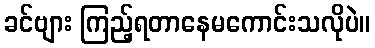
ခင်ဗျား ကြည့်ရတာနေမကောင်းသလိုပဲ။